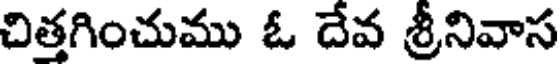
చిత్తగించుము ఓ దేవ శ్రీనివాస